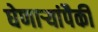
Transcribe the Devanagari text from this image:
घेणाऱ्यांपैकी